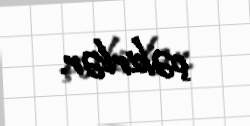
çəkirlər.